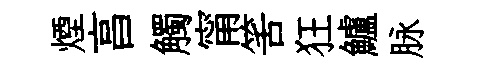
煙亯觸甯筈狂鱸脉